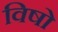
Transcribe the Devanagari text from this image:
विषो